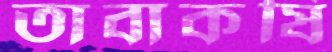
তাবাকষি